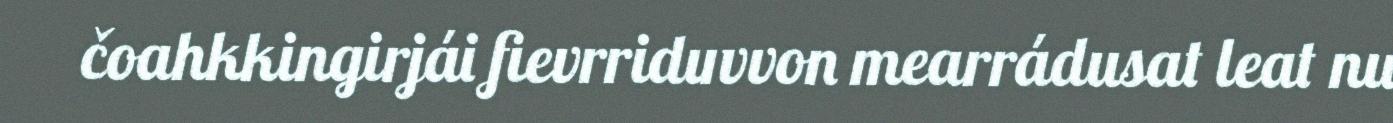
čoahkkingirjái fievrriduvvon mearrádusat leat nu